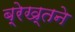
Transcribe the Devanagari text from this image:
ब्रेख्तने